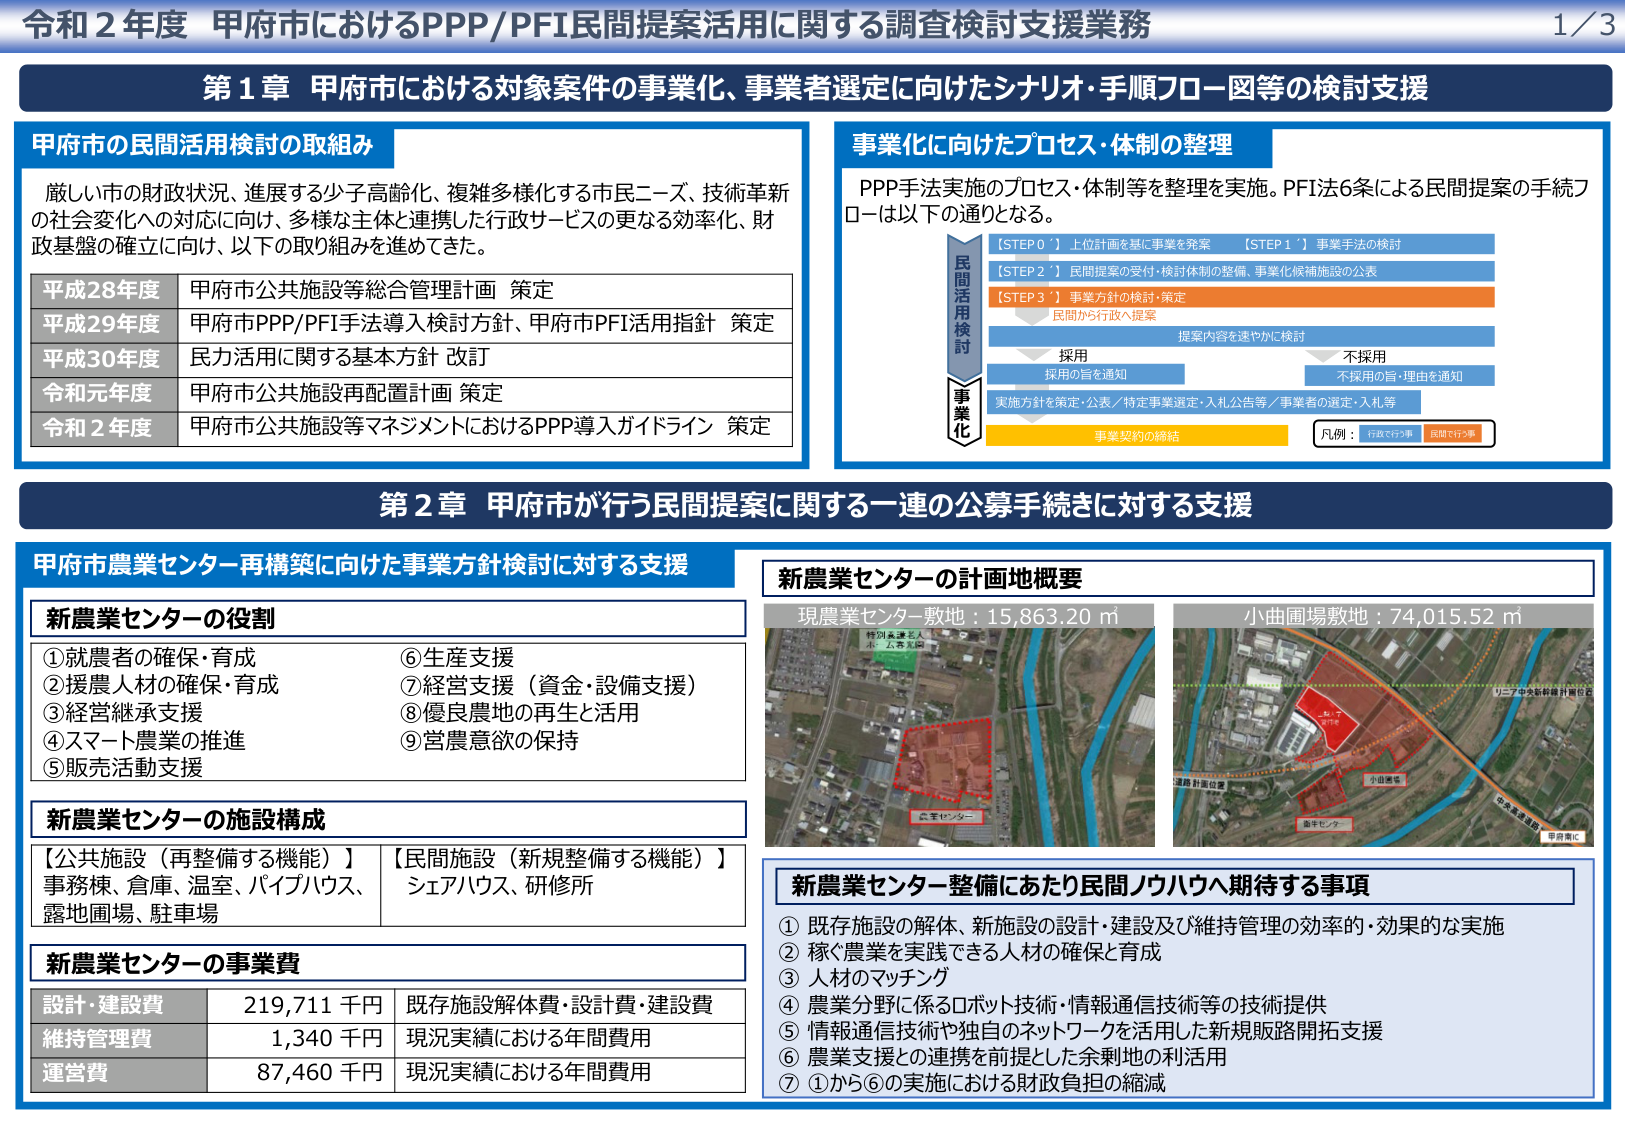
令和２年度 甲府市におけるPPP/PFI民間提案活用に関する調査検討支援業務 1/3

第１章 甲府市における対象案件の事業化、事業者選定に向けたシナリオ・手順フロー図等の検討支援

甲府市の民間活用検討の取組み
厳しい市の財政状況、進展する少子高齢化、複雑多様化する市民ニーズ、技術革新の社会変化への対応に向け、多様な主体と連携した行政サービスの更なる効率化、財政基盤の確立に向け、以下の取り組みを進めてきた。

平成28年度 甲府市公共施設等総合管理計画 策定
平成29年度 甲府市PPP/PFI手法導入検討方針、甲府市PFI活用指針 策定
平成30年度 民力活用に関する基本方針 改訂
令和元年度 甲府市公共施設再配置計画 策定
令和２年度 甲府市公共施設等マネジメントにおけるPPP導入ガイドライン 策定

事業化に向けたプロセス・体制の整理
PPP手法実施のプロセス・体制等を整理を実施。PFI法6条による民間提案の手続フローは以下の通りとなる。

【STEP 0 】 上位計画を基に事業を発案
【STEP 1 】 事業手法の検討
【STEP 2 】 民間提案の受付・検討体制の整備、事業化候補施設の公表
【STEP 3 】 事業方針の検討・策定
民間から行政へ提案
提案内容を速やかに検討
採用 採用の旨を通知
不採用 不採用の旨・理由を通知
実施方針を策定／公表／特定事業選定・入札公告等／事業者の選定・入札等
事業契約の締結

凡例： 行政で行う事 民間で行う事

第２章 甲府市が行う民間提案に関する一連の公募手続きに対する支援

甲府市農業センター再構築に向けた事業方針検討に対する支援

新農業センターの役割
①就農者の確保・育成
②援農人材の確保・育成
③経営継承支援
④スマート農業の推進
⑤販売活動支援
⑥生産支援
⑦経営支援（資金・設備支援）
⑧優良農地の再生と活用
⑨営農意欲の保持

新農業センターの施設構成
【公共施設（再整備する機能）】 事務棟、倉庫、温室、パイプハウス、露地圃場、駐車場
【民間施設（新規整備する機能）】 シェアハウス、研修所

新農業センターの事業費
設計・建設費 219,711 千円 既存施設解体費・設計費・建設費
維持管理費 1,340 千円 現況実績における年間費用
運営費 87,460 千円 現況実績における年間費用

新農業センターの計画地概要
現農業センター敷地：15,863.20 ㎡
小曲圃場敷地：74,015.52 ㎡

新農業センター整備にあたり民間ノウハウへ期待する事項
① 既存施設の解体、新施設の設計・建設及び維持管理の効率的・効果的な実施
② 称く農業を実践できる人材の確保と育成
③ 人材のマッチング
④ 農業分野に係るロボット技術・情報通信技術等の技術提供
⑤ 情報通信技術や独自のネットワークを活用した新規販路開拓支援
⑥ 農業支援との連携を前提とした余剰地の利活用
⑦ ①から⑥の実施における財政負担の縮減